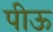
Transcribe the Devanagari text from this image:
पीऊ